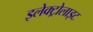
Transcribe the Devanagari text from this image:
इलेक्‍ट्रोलाइट